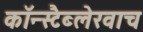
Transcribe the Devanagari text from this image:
कॉन्स्टैब्लेरवाच